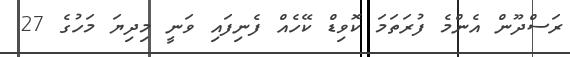
ރަސްދޫން އެންމެ ފުރަތަމަ ކޮވިޑް ކޭހެއް ފެނިފައި ވަނީ މިދިޔަ މަހުގެ 27